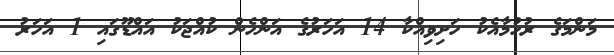
މަންމަގެ ރުހުމާއެކު ހަށިވިއްކާ 14 އަހަރުގެ އަންހެން ކުއްޖަކު އައްޑޫގައި 1 އަހަރު